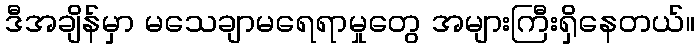
ဒီအချိန်မှာ မသေချာမရေရာမှုတွေ အများကြီးရှိနေတယ်။